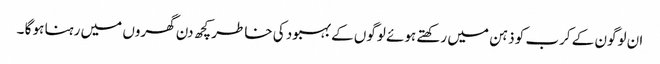
ان لوگون کے کرب کو ذہن میں رکھتے ہوئے لوگوں کے بہبود کی خاطر کچھ دن گھروں میں رہنا ہو گا ۔